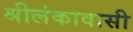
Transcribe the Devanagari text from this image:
श्रीलंकावासी